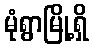
မုံရွာမြို့ရှိ